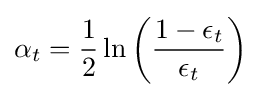
\alpha _{t}={\frac {1}{2}}\ln \left({\frac {1-\epsilon _{t}}{\epsilon _{t}}}\right)